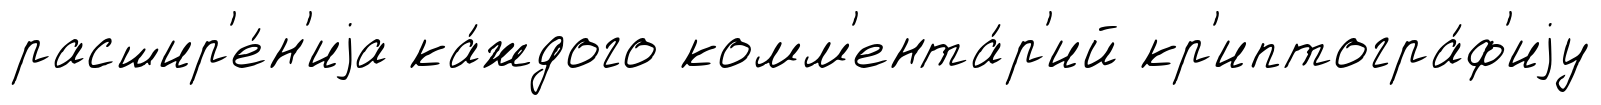
расшир'е́н'иjа ка́ждого комм'ента́р'ий кр'иптогра́ф'иjу